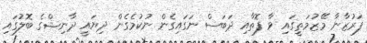
ފަރުޒާނާ މޭޒުމަތީގައި ވާ ފޮތާއި ދަބަސް ނަގައިގެން ނުކުމެގެން ދިޔައީ ދާނިޝްގެ ބޮލުގައި